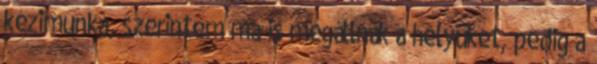
kézimunka, szerintem ma is megállnák a helyüket, pedig a